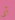
أي